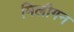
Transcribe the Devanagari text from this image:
मिलीगन